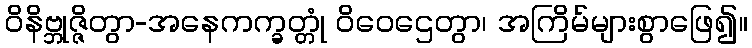
ဝိနိဗ္ဘုဇ္ဇိတွာ-အနေကက္ခတ္တုံ ဝိဝေဌေတွာ၊ အကြိမ်များစွာဖြေ၍။